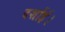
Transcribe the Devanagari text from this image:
दर्शाई।